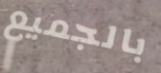
بالجميع